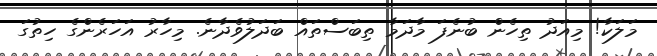
މަލަކާ! މިއަދު ތިހެން ބުނެފަ މާދަމާ ތިބަސްތައް ބަދަލުވެދާނެ. މިހާރު އަހަރެންގެ ހިތުގަ